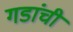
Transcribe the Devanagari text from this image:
गडांची